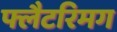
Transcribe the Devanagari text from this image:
फ्लैटरिमग